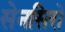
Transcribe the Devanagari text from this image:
सेनसिरो